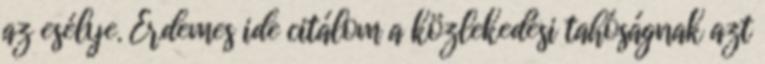
az esélye. Érdemes ide citálom a közlekedési tahóságnak azt